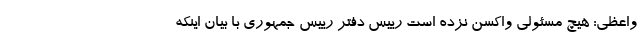
واعظی: هیچ مسئولی واکسن نزده است رییس دفتر رییس جمهوری با بیان اینکه